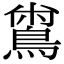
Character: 𪂟